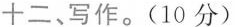
十二、写作。(10分)